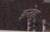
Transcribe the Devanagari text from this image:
इन्तेहा